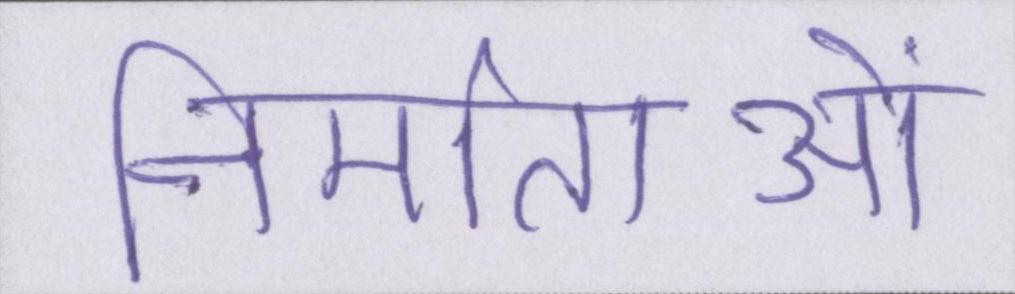
निर्माताओं